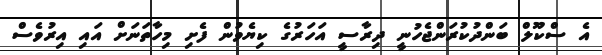
އެ ސްކޫލް ބަންދުކުރަންޖެހުނީ ދިރާސީ އަހަރުގެ ކިޔެވުން ފެށި މިހާތަނަށް އައި އިރުވެސް